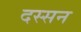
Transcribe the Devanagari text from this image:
दस्सन